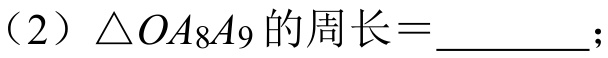
（2）\(\triangle OA_{8}A_{9}\)的周长\(=\underline{\quad\quad}\)；